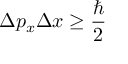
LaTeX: \Delta p _ { x } \Delta x \geq { \frac { \hbar } { 2 } }